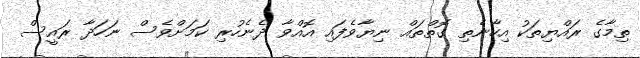
ތިމާގެ ރައްޔިތަކު އިހާނެތި ގޮތްތައް ނިޔާވެފައި އޮއްވާ ދެނެހުރި ކަމަށްވެސް ނަހަދާ ރައީސް